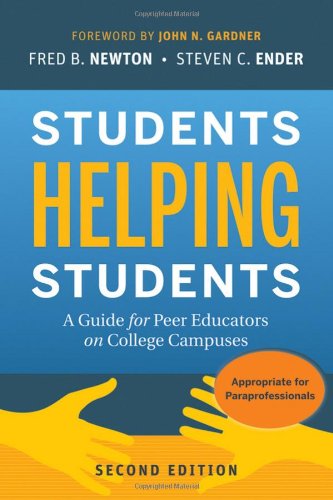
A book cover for Students Helping Students: A Guide for Peer Educators on College Campuses; Fred B. Newton; Education & Teaching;